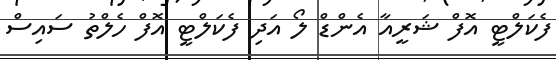
ފެކަލްޓީ އޮފް ޝަރީއާ އެންޑް ލޯ އަދި ފެކަލްޓީ އޮފް ހެލްތު ސައިސް